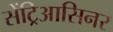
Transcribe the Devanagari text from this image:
सेंट्रिआसिनर